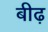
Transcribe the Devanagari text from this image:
बीढ़